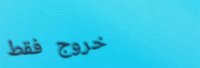
خروج فقط